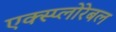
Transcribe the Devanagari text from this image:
एक्स्प्लोरेबल